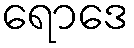
ရောဒေ